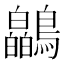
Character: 𫛘